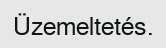
Üzemeltetés.